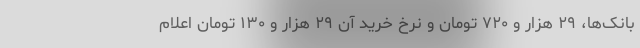
بانک‌ها، ۲۹ هزار و ۷۲۰ تومان و نرخ خرید آن ۲۹ هزار و ۱۳۰ تومان اعلام